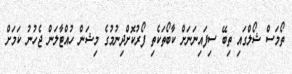
ތޯމަސް ޝޯލްގައި ތިބޭ ސިފައިނަނަށް ކާބޯތަކެތި ފޯރުކޮށްދިނުމުގެ މިޝަން ހުއްޓާލަން ޖެހުނު ކަމަށް